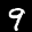
Label: 9